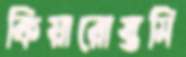
কিয়ারোস্তমি